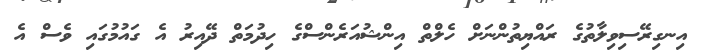
އިނގިރޭސިވިލާތުގެ ރައްޔިތުންނަށް ހެލްތް އިންްޝުއަރެންސްގެ ހިދުމަތް ދޭއިރު އެ ގައުމުގައި ވެސް އެ